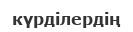
күрділердің